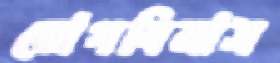
ভোগবিলাস